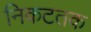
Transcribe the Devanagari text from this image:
निकटतक